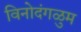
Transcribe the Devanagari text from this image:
विनोदंगळुम